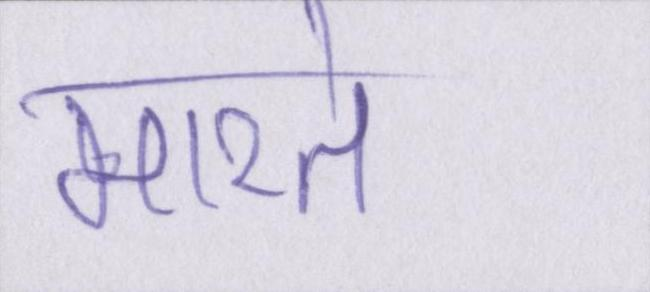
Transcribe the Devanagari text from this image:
मारते